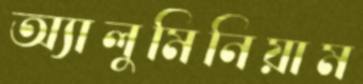
অ্যালুমিনিয়াম